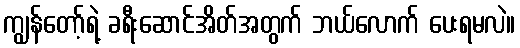
ကျွန်တော့်ရဲ့ ခရီးဆောင်အိတ်အတွက် ဘယ်လောက် ပေးရမလဲ။